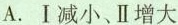
A.Ⅰ减小、Ⅱ增大